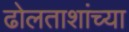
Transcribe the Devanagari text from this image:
ढोलताशांच्या